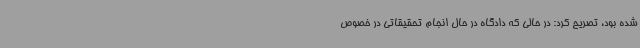
شده بود، تصریح کرد: در حالی که دادگاه در حال انجام تحقیقاتی در خصوص